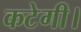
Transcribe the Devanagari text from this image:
कटेगी।